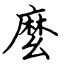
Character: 麼